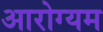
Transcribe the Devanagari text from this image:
आरोग्यम